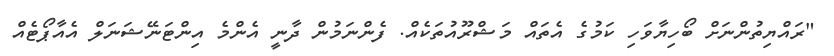
"ރައްޔިތުންނަށް ބޯހިޔާވަހި ކަމުގެ އެތައް މަޝްރޫއުތަކެއް. ފެންނަމުން ދާނީ އެންމެ އިންޓަނޭޝަނަލް އެއާޕޯޓެއް